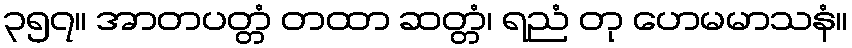
၃၅၇။ အာတပတ္တံ တထာ ဆတ္တံ၊ ရညံ တု ဟေမမာသနံ။